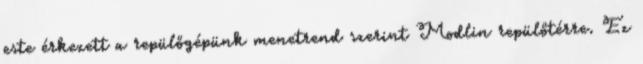
este érkezett a repülőgépünk menetrend szerint Modlin repülőtérre. Ez